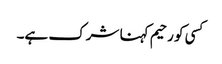
کسی کو رحیم کہنا شرک ہے۔